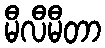
မီလီမီတာ